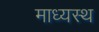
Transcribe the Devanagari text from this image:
माध्यस्थ